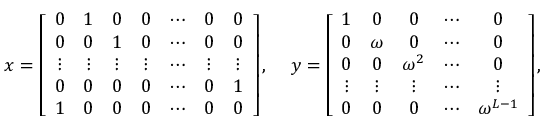
\begin{array} { c c } { { x = \left[ \begin{array} { c c c c c c c } { { 0 } } & { { 1 } } & { { 0 } } & { { 0 } } & { { \cdots } } & { { 0 } } & { { 0 } } \\ { { 0 } } & { { 0 } } & { { 1 } } & { { 0 } } & { { \cdots } } & { { 0 } } & { { 0 } } \\ { { \vdots } } & { { \vdots } } & { { \vdots } } & { { \vdots } } & { { \cdots } } & { { \vdots } } & { { \vdots } } \\ { { 0 } } & { { 0 } } & { { 0 } } & { { 0 } } & { { \cdots } } & { { 0 } } & { { 1 } } \\ { { 1 } } & { { 0 } } & { { 0 } } & { { 0 } } & { { \cdots } } & { { 0 } } & { { 0 } } \end{array} \right] , ~ } } & { { y = \left[ \begin{array} { c c c c c } { { 1 } } & { { 0 } } & { { 0 } } & { { \cdots } } & { { 0 } } \\ { { 0 } } & { { \omega } } & { { 0 } } & { { \cdots } } & { { 0 } } \\ { { 0 } } & { { 0 } } & { { \omega ^ { 2 } } } & { { \cdots } } & { { 0 } } \\ { { \vdots } } & { { \vdots } } & { { \vdots } } & { { \cdots } } & { { \vdots } } \\ { { 0 } } & { { 0 } } & { { 0 } } & { { \cdots } } & { { \omega ^ { L - 1 } } } \end{array} \right] , ~ ~ } } \end{array}